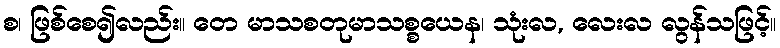
စ၊ ဖြစ်စေ၍လည်း။ တေ မာသစတုမာသစ္စယေန၊ သုံးလ, လေးလ လွန်သဖြင့်။